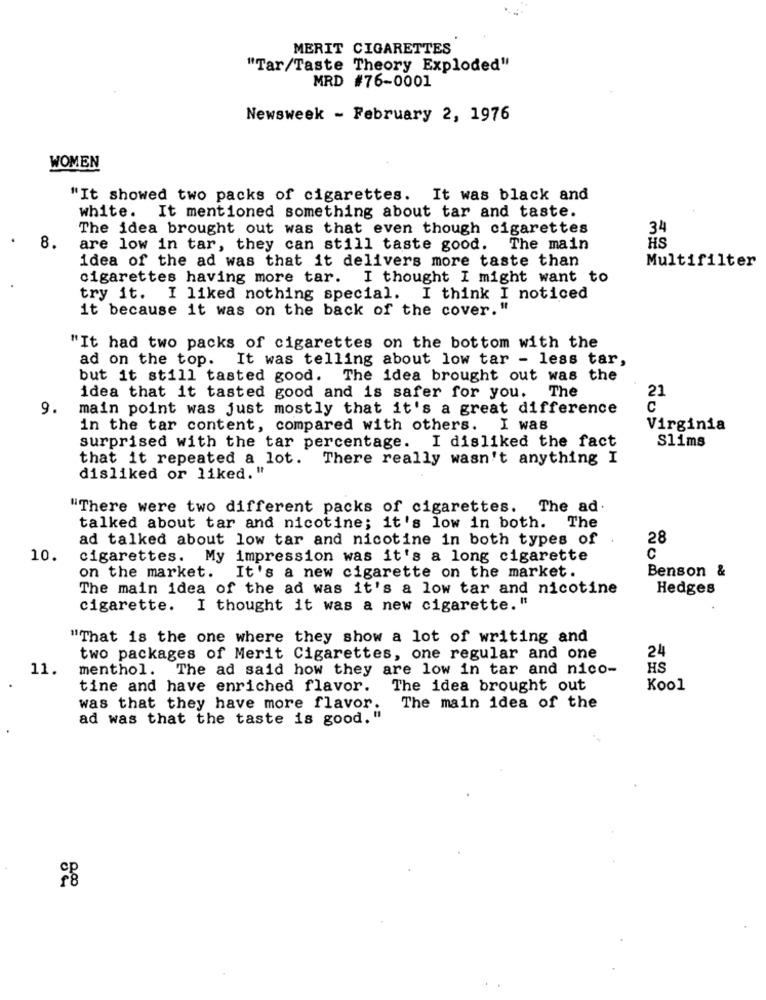
MERIT CIGARETTES
"Tar/Taste Theory Exploded"
MRD #76-0001
Newsweek - February 2, 1976
WOMEN
"It showed two packs of cigarettes. It was black and
white. It mentioned something about tar and taste.
The idea brought out was that even though cigarettes
34
8.
are low in tar, they can still taste good. The main
HS
idea of the ad was that it delivers more taste than
Multifilter
cigarettes having more tar. I thought I might want to
try it. I liked nothing special. I think I noticed
it because it was on the back of the cover."
"It had two packs of cigarettes on the bottom with the
ad on the top. It was telling about low tar - less tar,
but it still tasted good. The idea brought out was the
21
idea that it tasted good and is safer for you. The
9.
main point was just mostly that it's a great difference
C
in the tar content, compared with others. I was
Virginia
S11ms
surprised with the tar percentage. I disliked the fact
that it repeated a lot. There really wasn't anything I
disliked or liked."
"There were two different packs of cigarettes. The ad
talked about tar and nicotine; it's low in both.
The
ad talked about low tar and nicotine in both types of
28
C
10.
cigarettes. My impression was it's a long cigarette
on the market. It's a new cigarette on the market.
Benson &
The main idea of the ad was it's a low tar and nicotine
Hedges
cigarette. I thought it was a new cigarette."
"That is the one where they show a lot of writing and
24
two packages of Merit Cigarettes, one regular and one
11.
menthol. The ad said how they are low in tar and nico-
HS
tine and have enriched flavor.
The idea brought out
Kool
was that they have more flavor.
The main idea of the
ad was that the taste is good. "